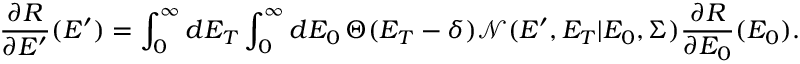
{ \frac { \partial R } { \partial E ^ { \prime } } ( E ^ { \prime } ) } = \int _ { 0 } ^ { \infty } \mathop { d E _ { T } } \int _ { 0 } ^ { \infty } \mathop { d E _ { 0 } } \Theta ( E _ { T } - \delta ) \mathcal { N } ( E ^ { \prime } , E _ { T } | E _ { 0 } , \Sigma ) \frac { \partial R } { \partial E _ { 0 } } ( E _ { 0 } ) .